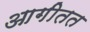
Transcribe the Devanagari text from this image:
आगीतत